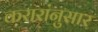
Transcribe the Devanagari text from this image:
करारांनुसार